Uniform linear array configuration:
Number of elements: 24
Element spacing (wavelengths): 0.25
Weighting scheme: exponential
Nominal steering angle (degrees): -15
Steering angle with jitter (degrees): -15.792
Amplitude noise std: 0.05
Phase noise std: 0.05

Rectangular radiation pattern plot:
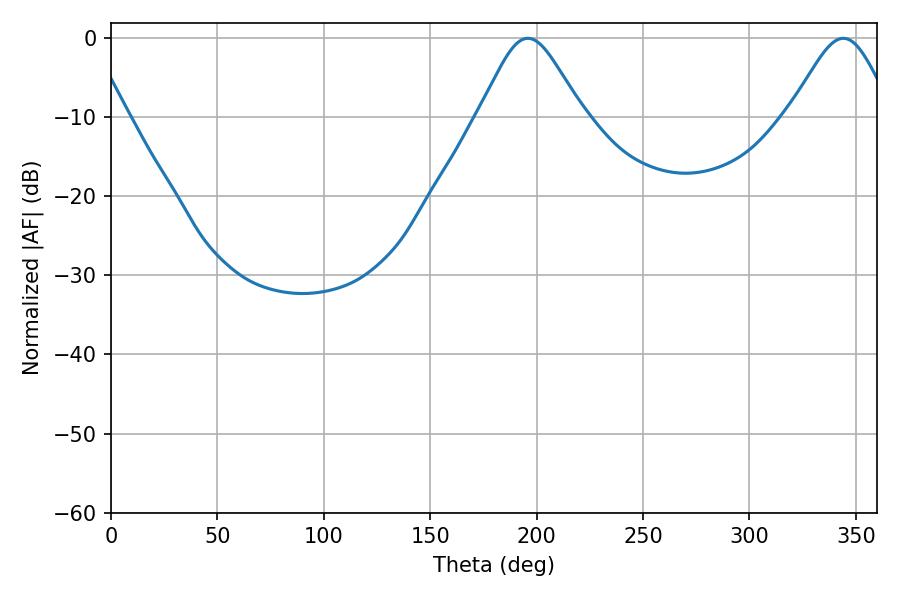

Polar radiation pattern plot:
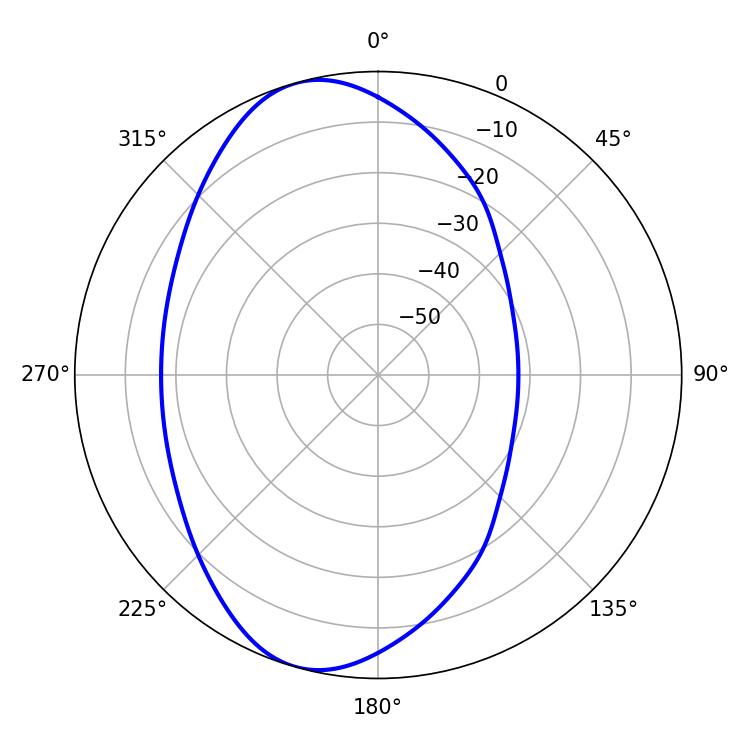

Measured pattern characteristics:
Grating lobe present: FALSE
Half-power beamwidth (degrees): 23.94
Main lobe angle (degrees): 195.84